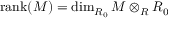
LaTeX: { \mathrm { r a n k } } ( M ) = \dim _ { R _ { 0 } } M \otimes _ { R } R _ { 0 }